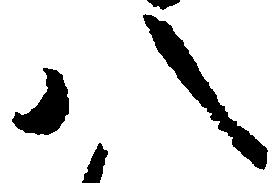
八